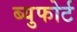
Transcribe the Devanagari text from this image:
ब्युफोर्ट